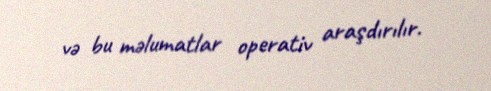
və bu məlumatlar operativ araşdırılır.